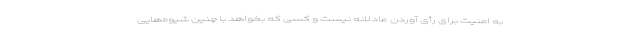
به امنیت برای رأی آوردن عادلانه نیست و کسی که بخواهد با چنین شیوه‌هایی